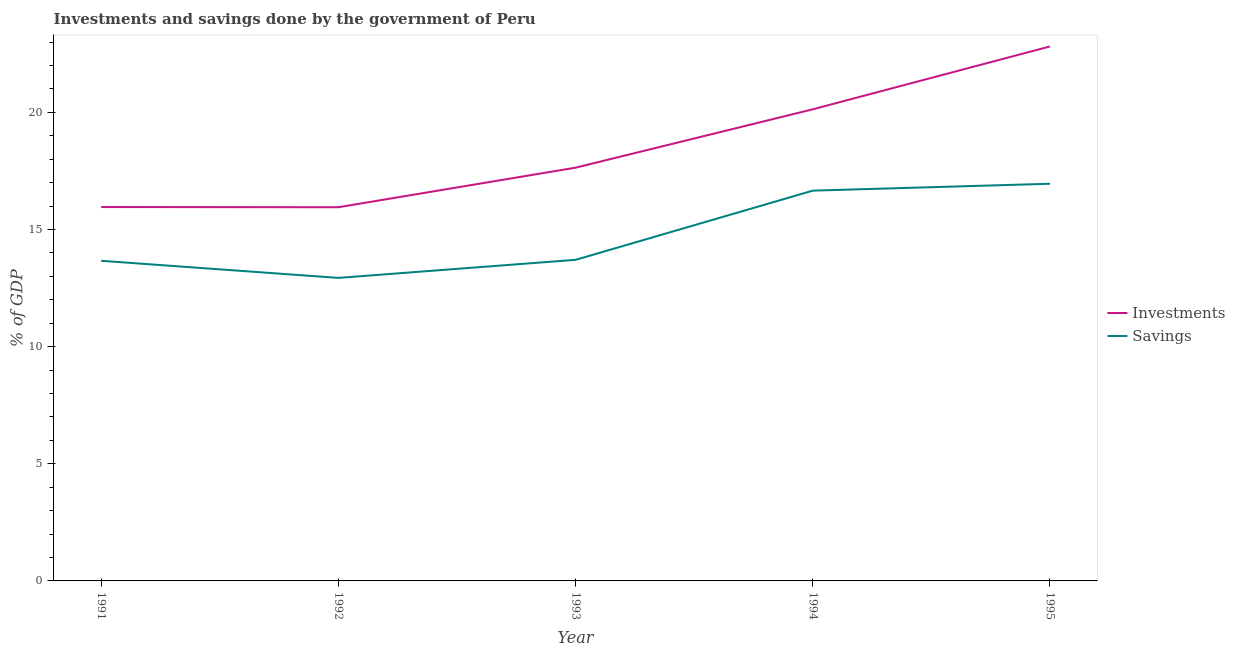
| Year | Investments | Savings |
 | --- | --- | --- |
 | 1991 | 16 | 13.7 |
 | 1992 | 15.9 | 12.9 |
 | 1993 | 17.6 | 13.7 |
 | 1994 | 20.1 | 16.7 |
 | 1995 | 22.8 | 17 |